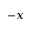
- x